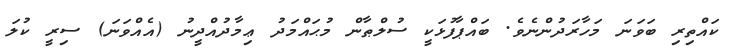
ކައްތިރި ބަވަނަ މަހާރަދުންނެވެ. ބައްޕާފުޅަކީ ސުލްޠާން މުޙައްމަދު ޢިމާދުއްދީނު (އެއްވަނަ) ސިރީ ކުލަ